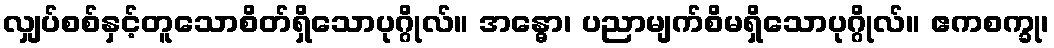
လျှပ်စစ်နှင့်တူသောစိတ်ရှိသောပုဂ္ဂိုလ်။ အန္ဓော၊ ပညာမျက်စိမရှိသောပုဂ္ဂိုလ်။ ဧကစက္ခု၊